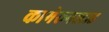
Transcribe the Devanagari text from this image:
कामेरूनश्टाड